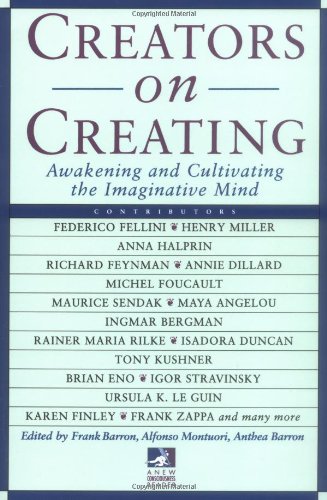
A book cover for Creators on Creating: Awakening and Cultivating the Imaginative Mind (New Consciousness Reader); Health, Fitness & Dieting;